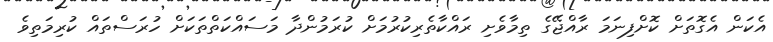
އެކަން އެގޮތަށް ކޮށްފިނަމަ ރާއްޖޭގެ ތިމާވެށި ރައްކާތެރިކުރުމަށް ކުރަމުންދާ މަސައްކަތްތަކަށް ހުރަސްތައް ކުރިމަތިވެ